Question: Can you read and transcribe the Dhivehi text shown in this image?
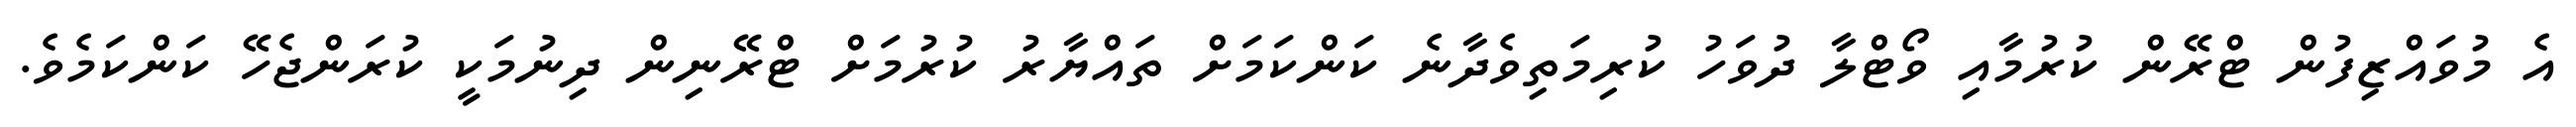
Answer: އެ މުވައްޒިފުން ޓްރޭން ކުރުމާއި ވޯޓްލާ ދުވަހު ކުރިމަތިވެދާނެ ކަންކަމަށް ތައްޔާރު ކުރުމަށް ޓްރޭނިން ދިނުމަކީ ކުރަންޖެހޭ ކަންކަމެވެ.